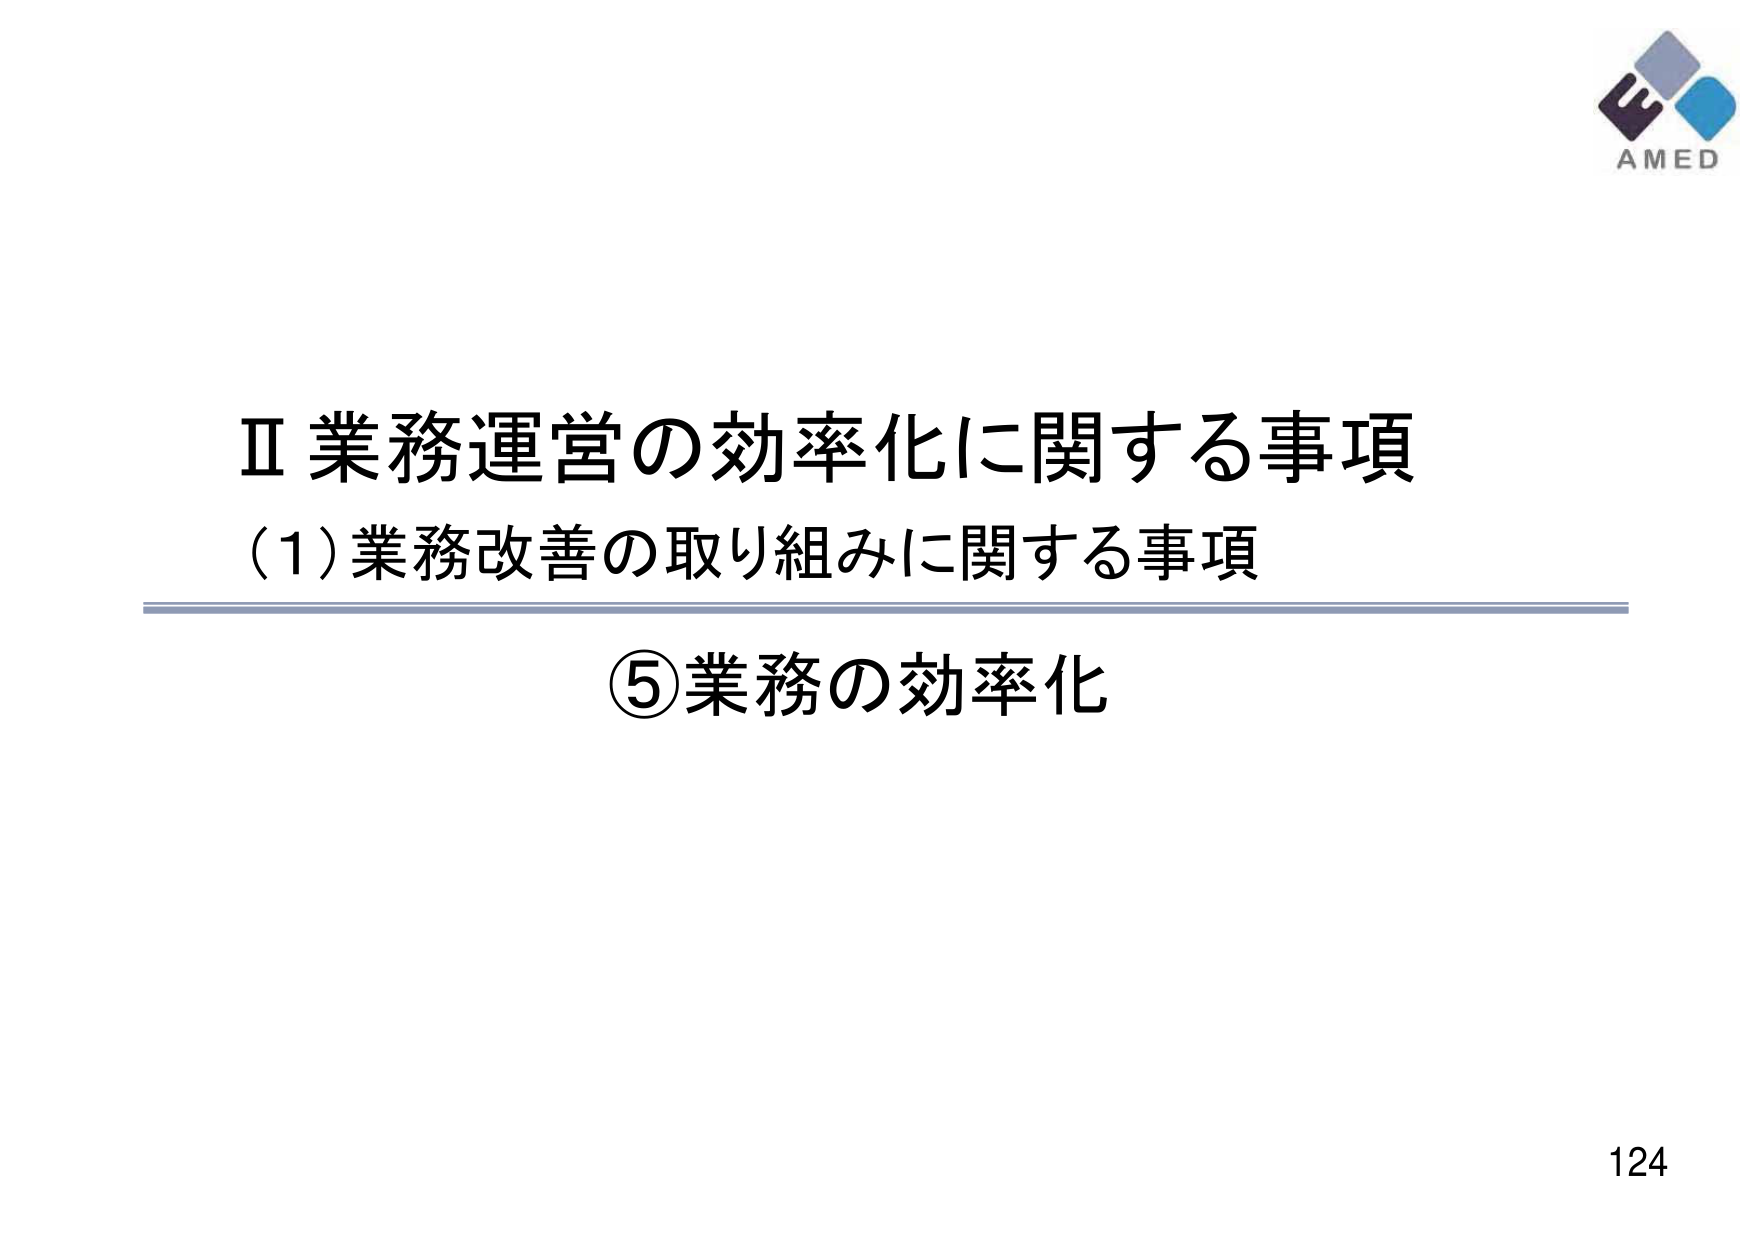
Ⅱ 業務運営の効率化に関する事項
(1) 業務改善の取り組みに関する事項
⑤ 業務の効率化
AMED
124